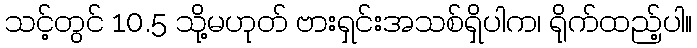
သင့်တွင် 10.5 သို့မဟုတ် ဗားရှင်းအသစ်ရှိပါက၊ ရိုက်ထည့်ပါ။